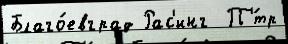
Благо́евград Рас'инг  П'́тр